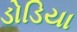
ડોડિયા